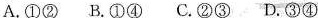
A.①②B.①④C.②③D.③④